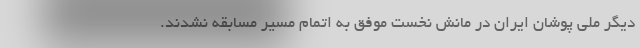
دیگر ملی پوشان ایران در مانش نخست موفق به اتمام مسیر مسابقه نشدند.